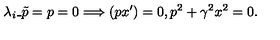
\lambda _ { i } \_ { \tilde { p } = p } = 0 \Longrightarrow ( p x ^ { \prime } ) = 0 , p ^ { 2 } + \gamma ^ { 2 } x ^ { 2 } = 0 { . }